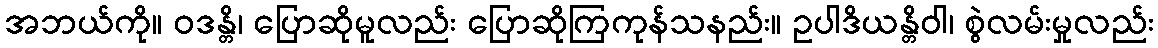
အဘယ်ကို။ ဝဒန္တိ၊ ပြောဆိုမူလည်း ပြောဆိုကြကုန်သနည်း။ ဥပါဒိယန္တိဝါ၊ စွဲလမ်းမှုလည်း